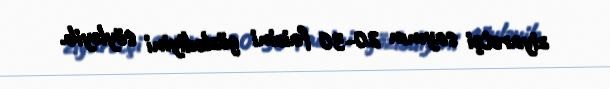
ziyarətçi sayının 20-30 faizini gözlədiyini söyləyib.